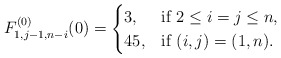
\begin{align*} F_{1,j-1,n-i}^{(0)}(0)=\begin{cases} 3,& \mbox{if}\ 2\leq i=j\leq n,\\ 45,& \mbox{if}\ (i,j)=(1,n). \end{cases}\end{align*}